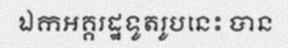
ឯកអគ្គរដ្ឋទូតរូបនេះ បាន